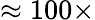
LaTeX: \approx 100\times